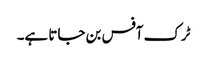
ٹرک آفس بن جاتا ہے۔